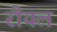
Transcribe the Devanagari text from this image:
रौयल